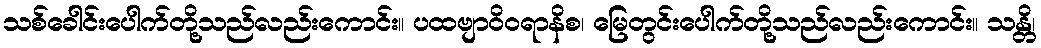
သစ်ခေါင်းပေါက်တို့သည်လည်းကောင်း။ ပထဗျာဝိဝရာနိစ၊ မြေတွင်းပေါက်တို့သည်လည်းကောင်း။ သန္တိ၊